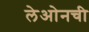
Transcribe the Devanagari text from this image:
लेओनची